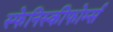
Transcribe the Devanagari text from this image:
स्फेनिस्कीफोर्म्स